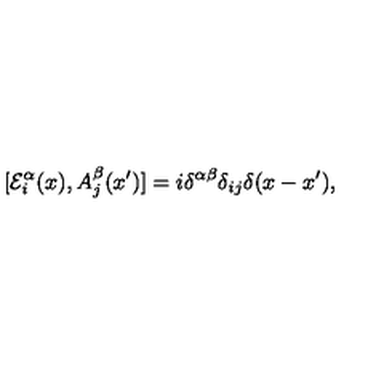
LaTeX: [ { \cal E } _ { i } ^ { \alpha } ( x ) , A _ { j } ^ { \beta } ( x ^ { \prime } ) ] = i \delta ^ { \alpha \beta } \delta _ { i j } \delta ( x - x ^ { \prime } ) ,